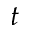
t